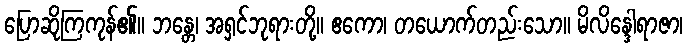
ပြောဆိုကြကုန်၏။ ဘန္တေ၊ အရှင်ဘုရားတို့။ ဧကော၊ တယောက်တည်းသော။ မိလိန္ဒေါရာဇာ၊